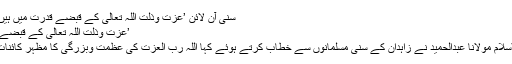
سنی آن لائن ’عزت وذلت اللہ تعالی کے قبضے قدرت میں ہیں‘ - سنی آن لائن
’عزت وذلت اللہ تعالی کے قبضے قدرت میں ہیں‘
حضرت شیخ الاسلام مولانا عبدالحمید نے زاہدان کے سنی مسلمانوں سے خطاب کرتے ہوئے کہا اللہ رب العزت کی عظمت وبزرگی کا مظہر کائنات کا ہر ذرہ ہے۔